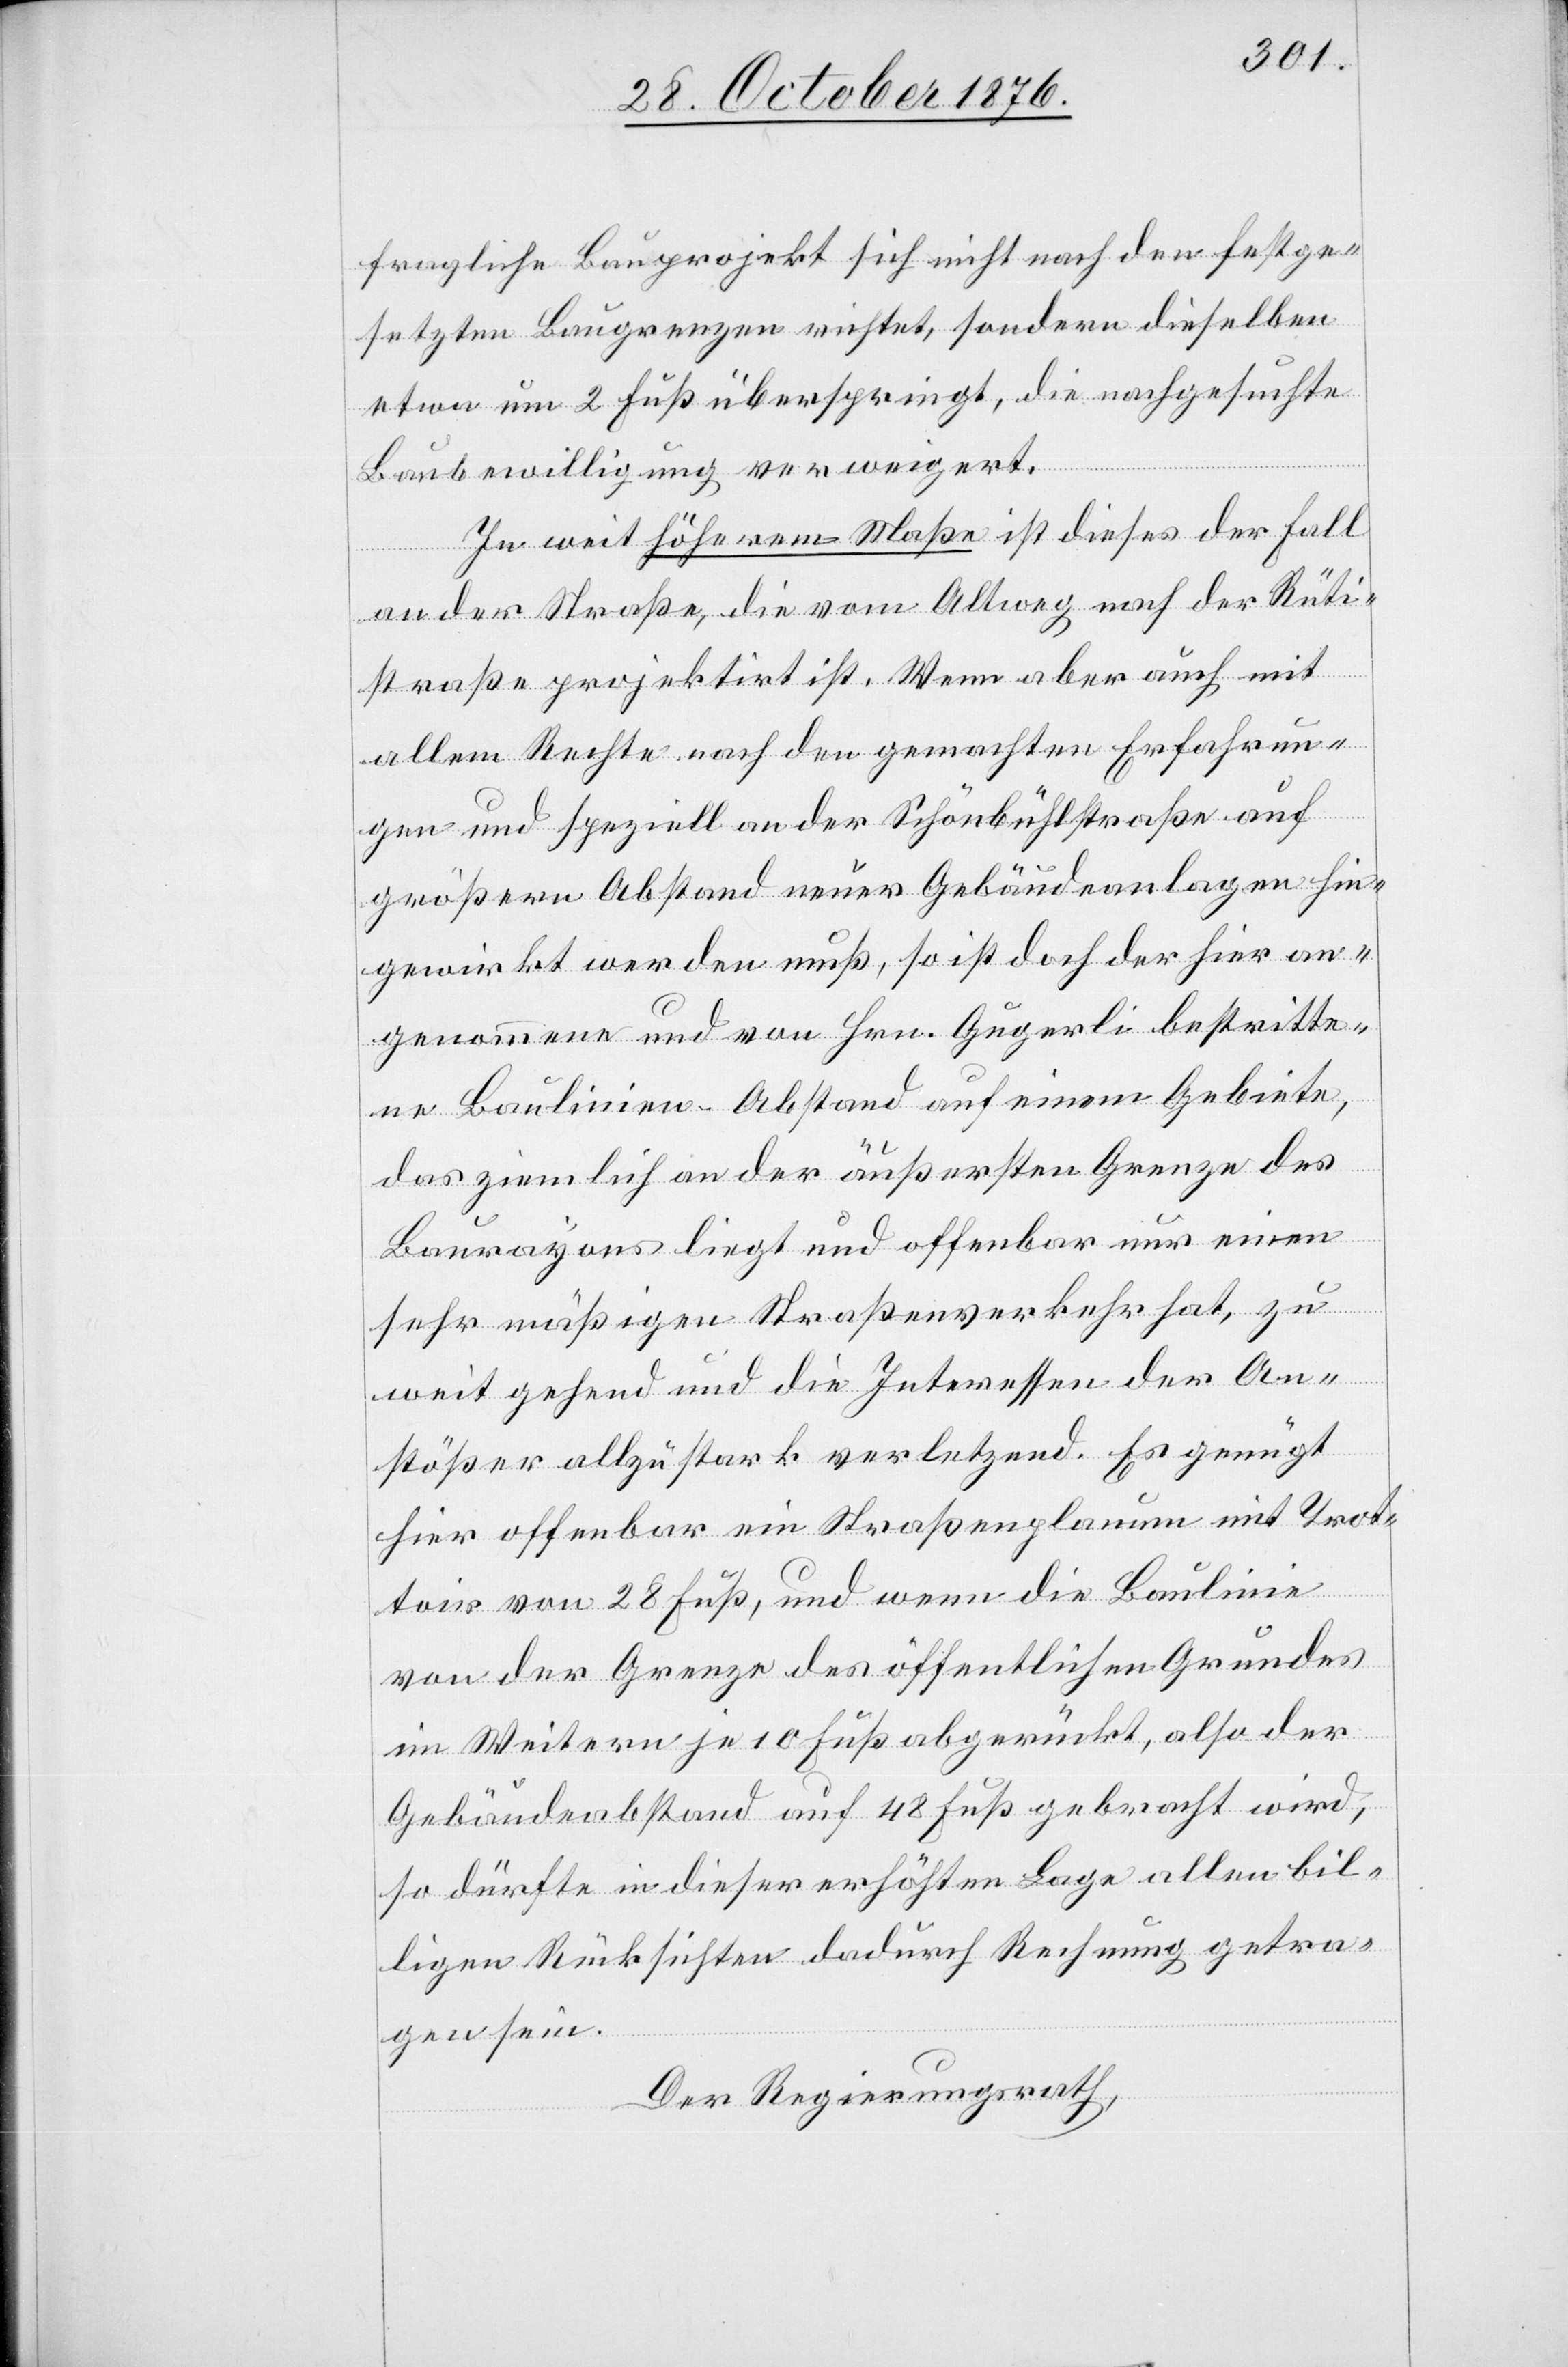
fragliche Bauprojekt sich nicht nach den festge¬
setzten Baugrenzen richtet, sondern dieselben
etwa um 2 Fuß überspringt, die nachgesuchte
Baubewilligung verweigert.
In weit höherem Maße ist dieses der Fall
an der Straße, die vom Altweg nach der Rüti¬
straße projektirt ist. Wenn aber auch mit
allem Rechte nach den gemachten Erfahrun¬
gen und speziell an der Schönbühlstraße auf
größern Abstand neuer Gebäudeanlagen hin¬
gewirkt werden muß, so ist doch der hier an¬
genommene und von Hrn. Gugerli bestritte¬
ne Baulinien-Abstand auf einem Gebiete,
das ziemlich an der äußersten Grenze des
Baurayons liegt und offenbar nur einem
sehr mäßigen Straßenverkehr hat, zu
weit gehend und die Interessen der An¬
stößer allzu stark verletzend. Es genügt
hier offenbar ein Straßenplanum mit Trot¬
toir von 28 Fuß, und wenn die Baulinie
von der Grenze des öffentlichen Grundes
im Weitern je 10 Fuß abgerückt, also der
Gebäudeabstand auf 48 Fuß gebracht wird,
so dürfte in dieser erhöhten Lage allen bil¬
ligen Rücksichten dadurch Rechnung getra¬
gen sein.
Der Regierungsrath,